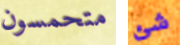
متحمسون شئ